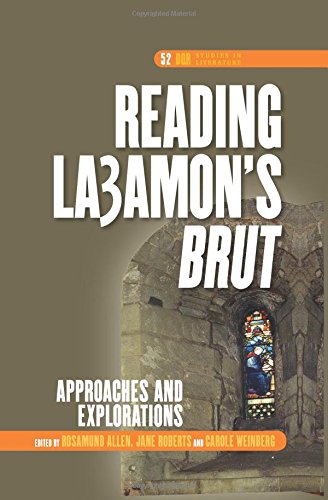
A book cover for Reading La Amon's "Brut": Approaches and Explorations (Dqr Studies in Literature); Literature & Fiction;